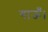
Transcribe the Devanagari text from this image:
गाऊँ।